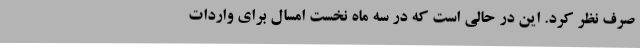
صرف نظر کرد. این در حالی است که در سه ماه نخست امسال برای واردات